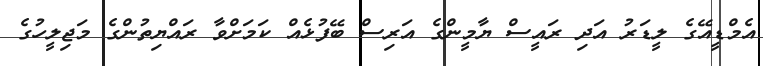
އެމްޑީއޭގެ ލީޑަރު އަދި ރައީސް ޔާމީންގެ އަރިސް ބޭފުޅެއް ކަމަށްވާ ރައްޔިތުންގެ މަޖިލީހުގެ